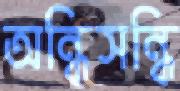
অন্ধিসন্ধি